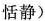
恬静)